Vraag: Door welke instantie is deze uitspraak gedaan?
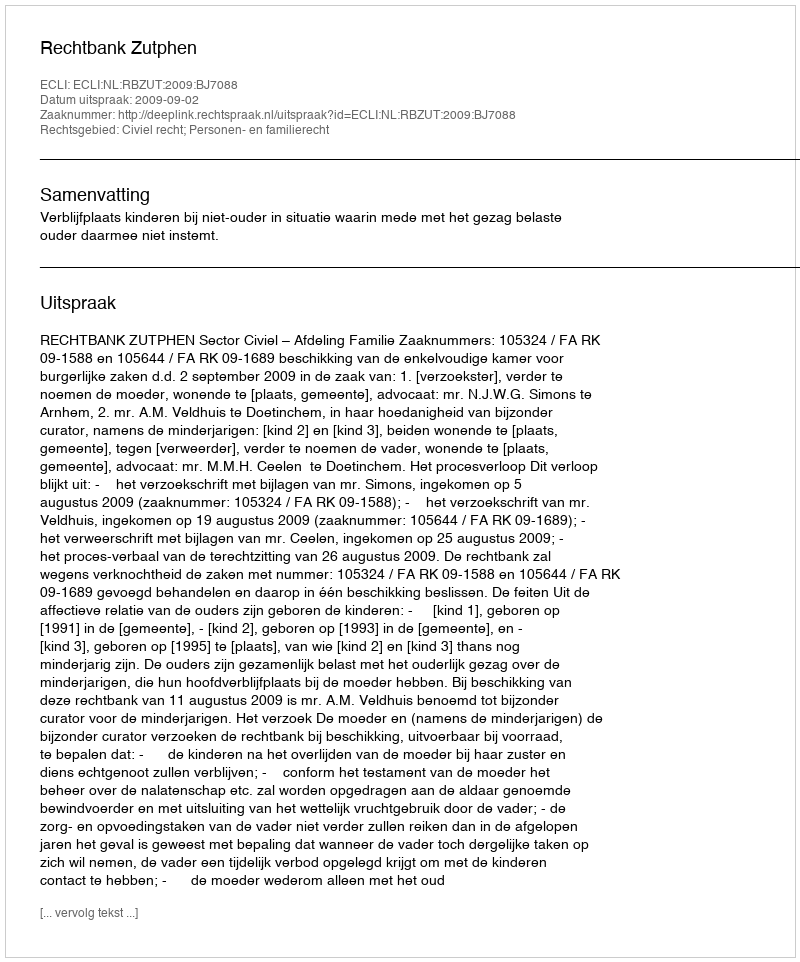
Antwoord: Rechtbank Zutphen